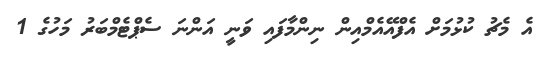
އެ މެޗު ކުޅުމަށް އެފްއޭއެމްއިން ނިންމާފައި ވަނީ އަންނަ ސެޕްޓެމްބަރު މަހުގެ 1